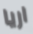
اريا